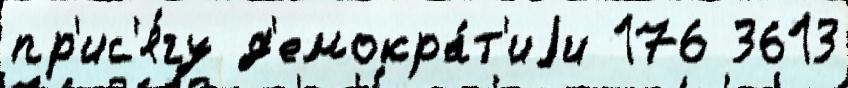
пр'ис'я́гу д'емокра́т'иjи 176 3613